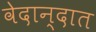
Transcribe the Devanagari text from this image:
वेदान्दात